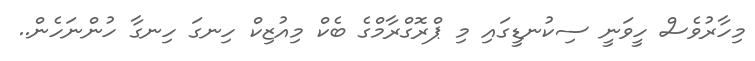
މިހާރުވެސް ހީވަނީ ސިކުނޑީގައި މި ޕްރޮގްރާމްގެ ބެކް މިއުޒިކް ހިނގަ ހިނގާ ހުންނަހެން..